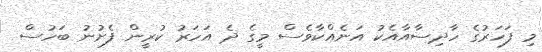
މި ފަހަރުގެ ހާދިސާއާއެކު އަނެއްކާވެސް މީގެ ދެ އަހަރު ކުރީން ފެށުނު ބަހުސް